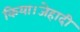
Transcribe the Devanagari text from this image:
किया।जेहादी